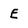
Character: E